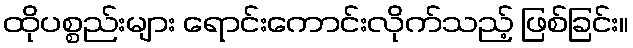
ထိုပစ္စည်းများ ရောင်းကောင်းလိုက်သည့် ဖြစ်ခြင်း။